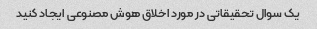
یک سوال تحقیقاتی در مورد اخلاق هوش مصنوعی ایجاد کنید